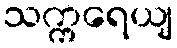
သက္ကရေယျ